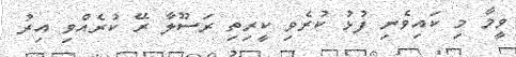
ވީމާ މި ކައިވެނި ފުޅު ކުރެވި ކީރިތި ރަސޫލާ ރޭ ކުރެއްވި އިރު